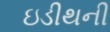
ઇડીથની